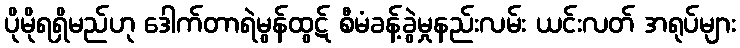
ပိုမိုရရှိမည်ဟု ဒေါက်တာရဲမွန်ထွဋ် စီမံခန့်ခွဲမှုနည်းလမ်း ယင်းလတ် အရုပ်များ